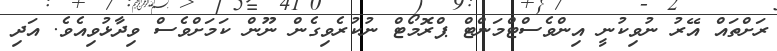
ރަށްތައް އޭރު ނުވިކުނީ އިންވެސްޓްމަންޓް ޕްރޮމޯޓް ނުކުރެވިގެން ނޫން ކަމަށްވެސް ވިދާޅުވިއެވެ. އަދި